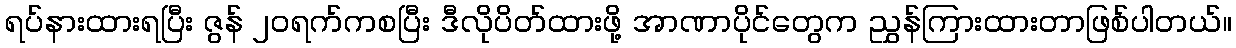
ရပ်နားထားရပြီး ဇွန် ၂၀ရက်ကစပြီး ဒီလိုပိတ်ထားဖို့ အာဏာပိုင်တွေက ညွှန်ကြားထားတာဖြစ်ပါတယ်။